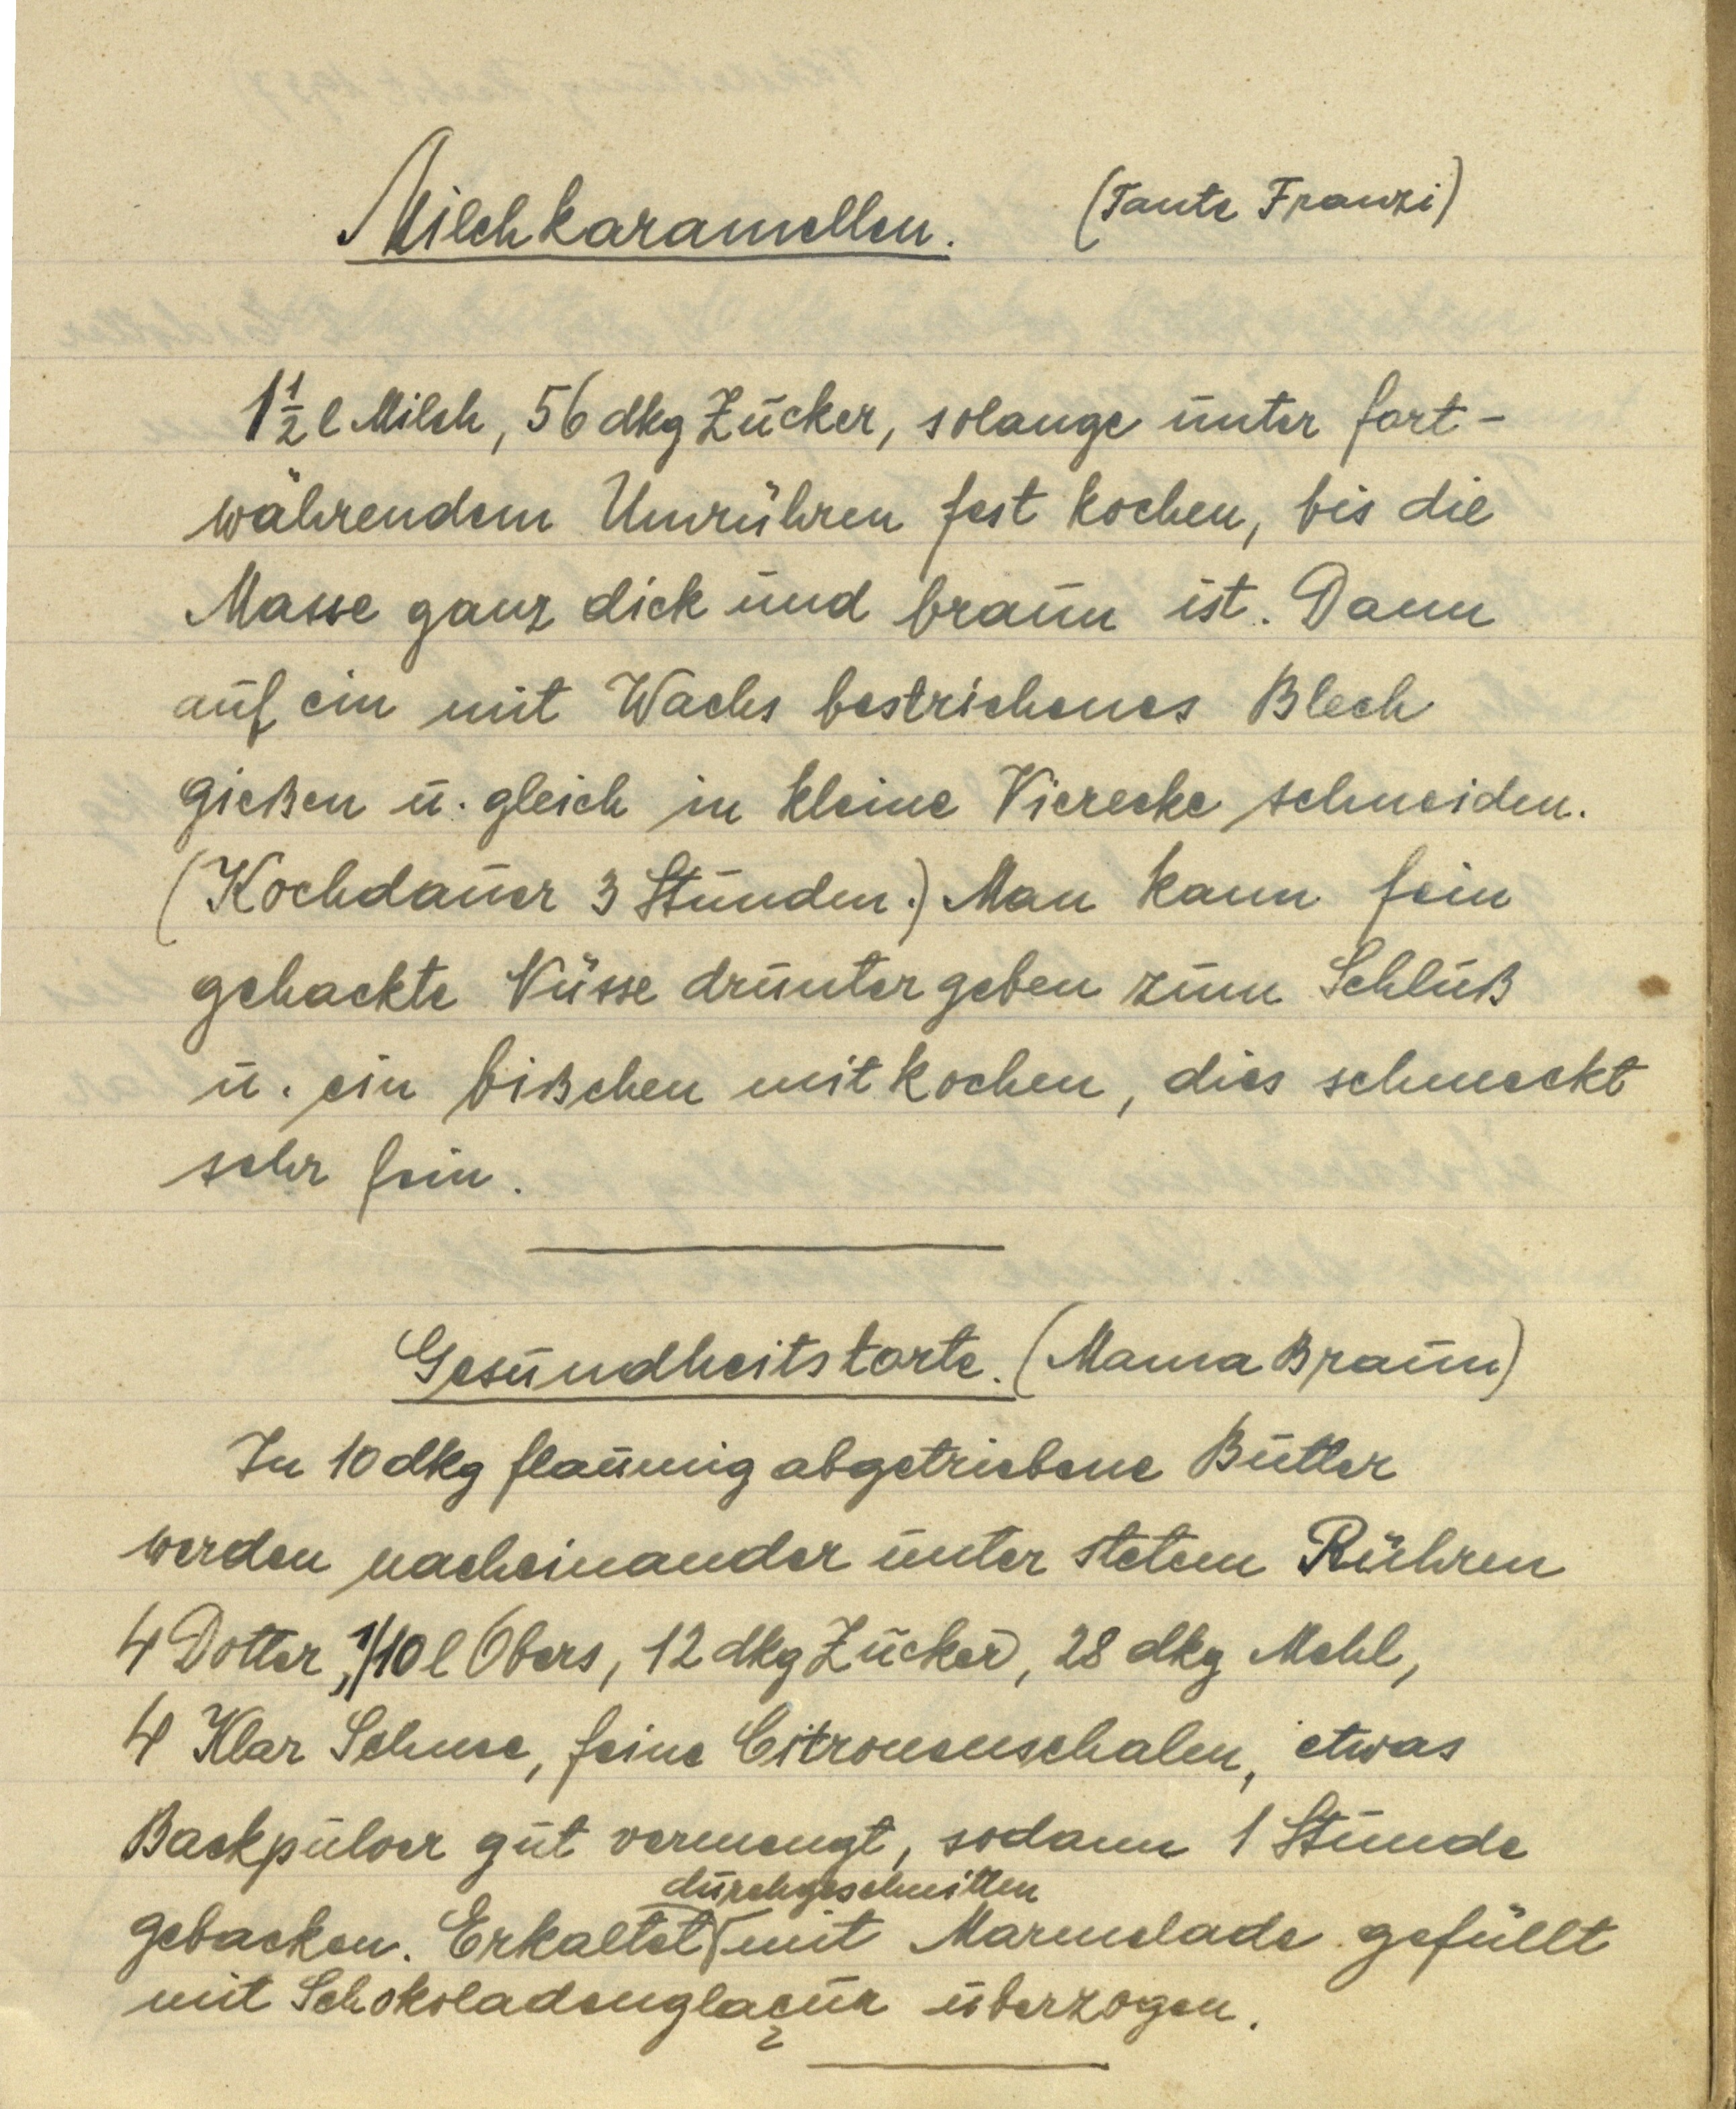
Milchkaramellen. (Tante Franzi)

1 ½ l Milch, 56 dkg Zucker, solange unter fort¬
währendem Umrühren fest kochen, bis die
Masse ganz dick und braun ist. Dann
auf ein mit Wachs bestrichenes Blech
gießen u. gleich in kleine Vierecke schneiden.
(Kochdauer 3 Stunden.) Man kann fein
gehackte Nüsse druntergeben zum Schluß
u. ein bißchen mitkochen, dies schmeckt
sehr fein.

Gesundheitstorte. (Mama Braun)
In 10 dkg flaumig abgetriebene Butter
werden nacheinander unter stetem Rühren
4 Dotter, 1/10 l Obers, 12 dkg Zucker, 28 dkg Mehl,
4 Klar Schnee, feine Citronenschalen, etwas
Backpulver gut vermengt, sodann 1 Stunde
durchgeschnitten
gebacken. Erkaltet mit Marmelade gefüllt
mit Schokoladenglaçur überzogen.